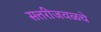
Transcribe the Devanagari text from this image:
सत्तरीजवळचे